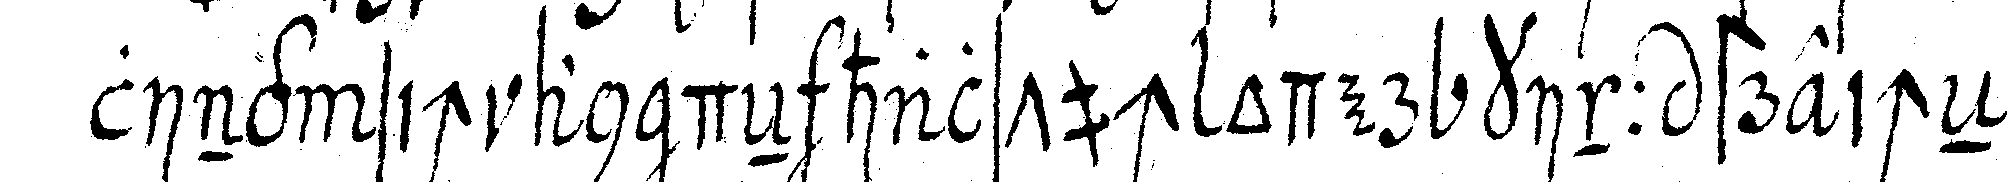
ling sich an deN halstuch oder kinn streicheN